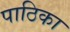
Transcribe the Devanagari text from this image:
पाठिका